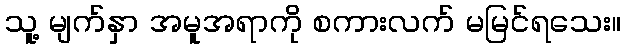
သူ့ မျက်နှာ အမူအရာကို စကားလက် မမြင်ရသေး။